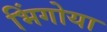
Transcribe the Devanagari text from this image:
भिंगोया